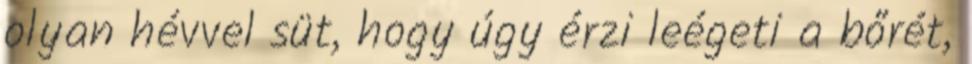
olyan hévvel süt, hogy úgy érzi leégeti a bőrét,